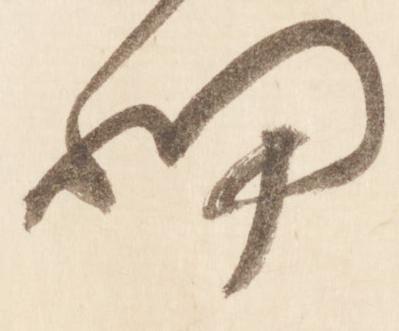
細